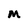
Character: M